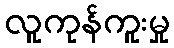
လူကုန်ကူးမှု